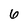
Character: 6